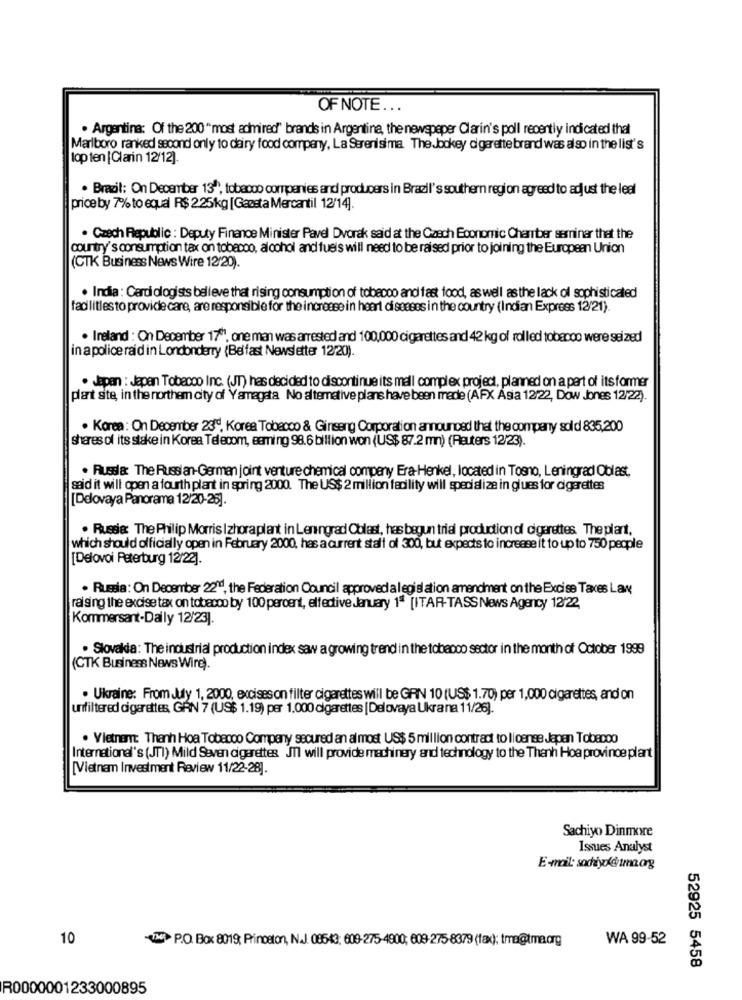
OF NOTE ...
. Argentina: Of the 200 "most admired" brands in Argentine, the newspaper Clarin's poll recently indicated that
Marlboro ranked second only to dairy food company, La Serenisima The Jockey cigarette brand was also in the list's
top ten [Clarin 12/12).
. Brazil: On December 13", tobacco companies and producers in Brazil's southern region agreed to adjust the leal
price by 7% to equal R$ 2.25kg [Gaasta Mercantil 12/14].
. Czech Republic : Deputy Finance Minister Pavel Dvorak said at the Casch Economic Chamber semniner that the
country's consumption tax on tobacco, alcohol and fuels will need to be raised prior to joining the European Union
(CTK Business News Wire 12/20).
. India : Cardiologists believe that rising consumption of tobacco and fast food, as well asthe lack of sophisticated
facilities to provide care, are responsible for the increase in heart diseases in the country (Indian Express 12/21).
· Ireland : On December 17", one man was arrested and 100,000 cigarettes and 42 kg ol rolled tobacco were seized
in a police raid in Londonderry (Belfast Newsletter 12/20).
· Japan : Japan Tobacco Inc. (JT) has decided to discontinue its mall complex project, planned on a part of its former
plant ste, in the northem city of Yamagata No alternative plans have been made (AFX Asia 12/22, Dow Jones 12/22).
. Korea: On December 23℃, Korea Tobacco & Ginseng Corporation announced that the company sold 835,200
shares of its stake in Korea Telecom, eeming 98.6 billion won (US$ 87.2 mn) (Reuters 12/23).
· Russla: The Russian-German joint venture chemical company Era-Henkel, located in Tosno, Leningrad Oblast,
said it will open a fourth plant in spring 2000. The US$ 2 million facility will specialize in glues for cigarettes
[Delovaya Panorama 12/20-25].
. Russia: The Philip Morris I zhora plant in Leningrad Oblast, has begun trial production of cigarettes The plant,
which should officially open in February 2000, has a current staff of 300, but expects to increase it to up to 750 people
[Delovoi Peterburg 12/22].
. Russia: On December 2211, the Federation Council approved a legislation amendment on the Excise Taxes Lax
raising the excise tax on tobacco by 100 percent, elfective January 1ª [ITAR-TASS News Agency 12'22
Kommersant-Daily 12/23].
. Slovakia: The industrial production index saw a growing trend in the tobacco sector in the month of October 1999
(CTK Business News Wire).
· Ukraine: From July 1, 2000, exciseson filter cigarettes will be GRN 10 (US$ 1.70) per 1,000 cigarettes, and on
unfiltered cigarettes, GRN 7 (US$ 1.19) per 1,000 cigarettes [Delovaya Ukra na 11/26).
. Vietnamnt: Thanh Hoa Tobacco Company secured an almost US$ 5 million contract to license Japan Tobacco
International's (JT1) Mild Seven cigarettes JT will provide machinery and technology to the Thanh Hoa province plant
[Vietnam Investment Review 11/22-28].
Sachiyo Dinmore
Issues Analyst
E-mail: sochiyo@tmma.ag
10
-THE P.O. Box 8019, Princeton, N.J. 08543; 609-275-4900; 609-275-8379 (fax); tma@tma.org
WA 99-52
52925 5458
R0000001233000895